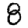
Digit: 8